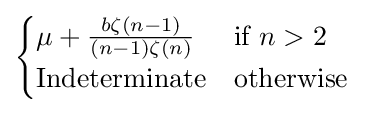
{\begin{cases}\mu +{\frac {b\zeta (n-1)}{(n-1)\zeta (n)}}&{\text{if}}\ n>2\\{\text{Indeterminate}}&{\text{otherwise}}\ \end{cases}}